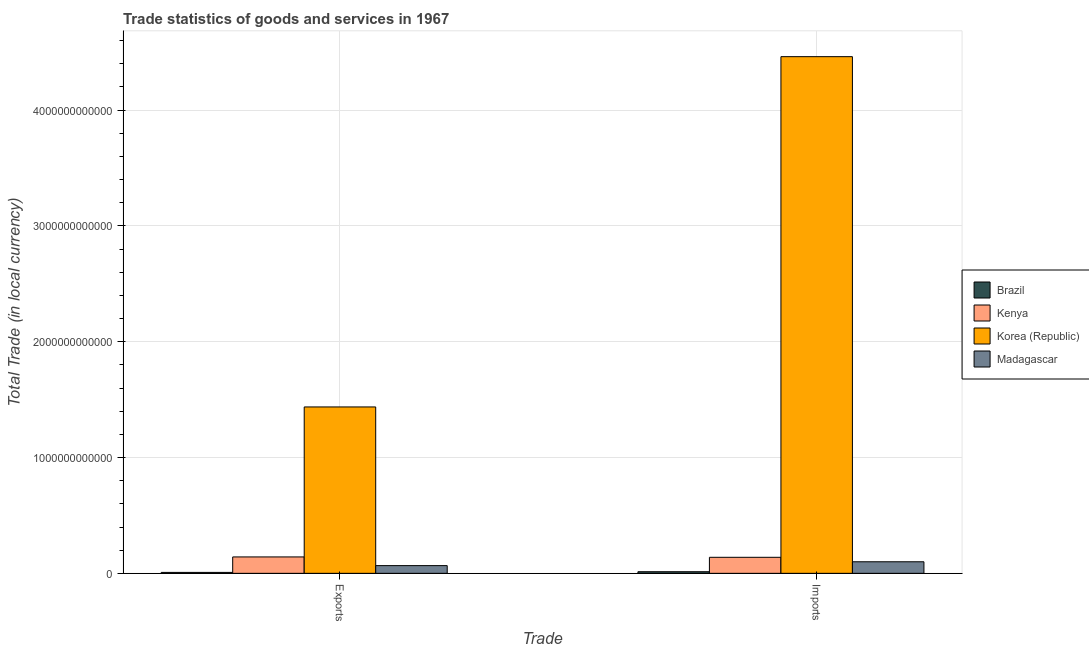
| Trade | Brazil | Kenya | Korea (Republic) | Madagascar |
 | --- | --- | --- | --- | --- |
 | Exports | 8.01e+09 | 1.42e+11 | 1.44e+12 | 6.66e+10 |
 | Imports | 1.39e+10 | 1.38e+11 | 4.46e+12 | 9.98e+10 |